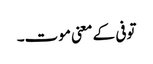
توفی کے معنی موت۔